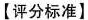
【评分标准】